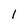
Character: 1